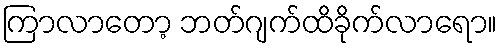
ကြာလာတော့ ဘတ်ဂျက်ထိခိုက်လာရော။